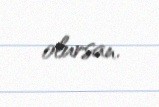
olursan.